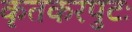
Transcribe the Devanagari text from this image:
कृतकरपुटः